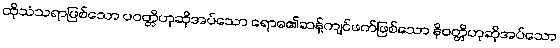
ထိုသံသရာဖြစ်သော ပဝတ္တိဟုဆိုအပ်သော ရောဓ၏ဆန့်ကျင်ဖက်ဖြစ်သော နိဝတ္တိဟုဆိုအပ်သော